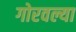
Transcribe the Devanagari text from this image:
गोरवल्या